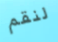
لنقم